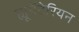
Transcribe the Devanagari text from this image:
ह्यूमेंटेरियन